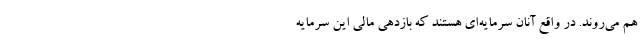
هم می‌روند. در واقع آنان سرمایه‌ای هستند که بازدهی مالی این سرمایه